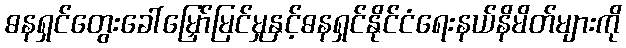
ဓနရှင်တွေးခေါ်မြှော်မြင်မှုနှင့်ဓနရှင်နိုင်ငံရေးနယ်နိမိတ်များကို